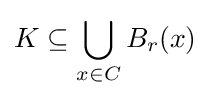
K\subseteq \bigcup _{x\in C}B_{r}(x)